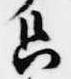
只